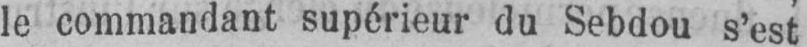
le commandant supérieur du Sebdou s’est